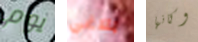
يوم بلاغي وكانها